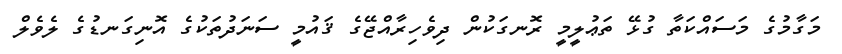
މަގާމުގެ މަސައްކަތާ ގުޅޭ ތަޢުލީމީ ރޮނގަކުން ދިވެހިރާއްޖޭގެ ޤައުމީ ސަނަދުތަކުގެ އޮނިގަނޑުގެ ލެވެލް